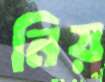
নিয়